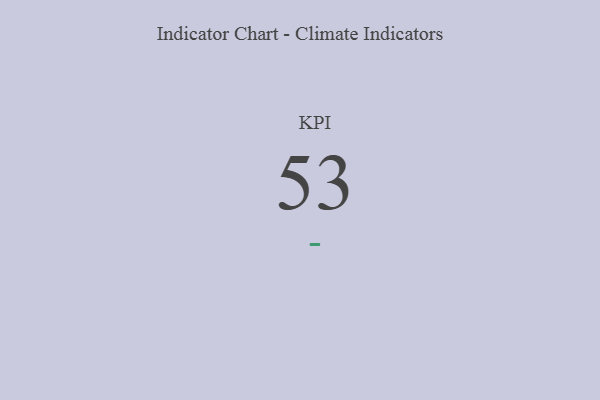
{"axis": {"x": "KPI", "y": "Value"}, "legend": [""], "data": [{"x": "KPI", "y": 53, "type": ""}]}